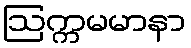
ဩက္ကမမာနာ